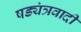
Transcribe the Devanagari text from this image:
षड्यंत्रवादी